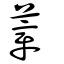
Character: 蔁